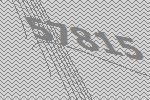
57815